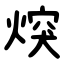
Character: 㷝